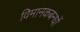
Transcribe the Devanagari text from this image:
विमानकबन्धों